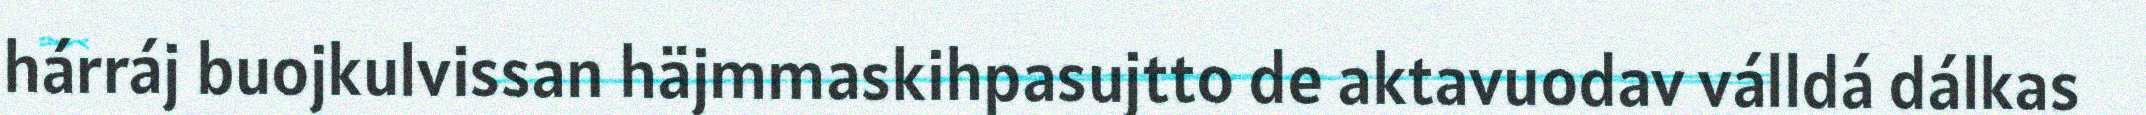
hárráj buojkulvissan häjmmaskihpasujtto de aktavuodav válldá dálkas